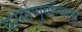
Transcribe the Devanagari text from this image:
परमाणुबॉम्बला